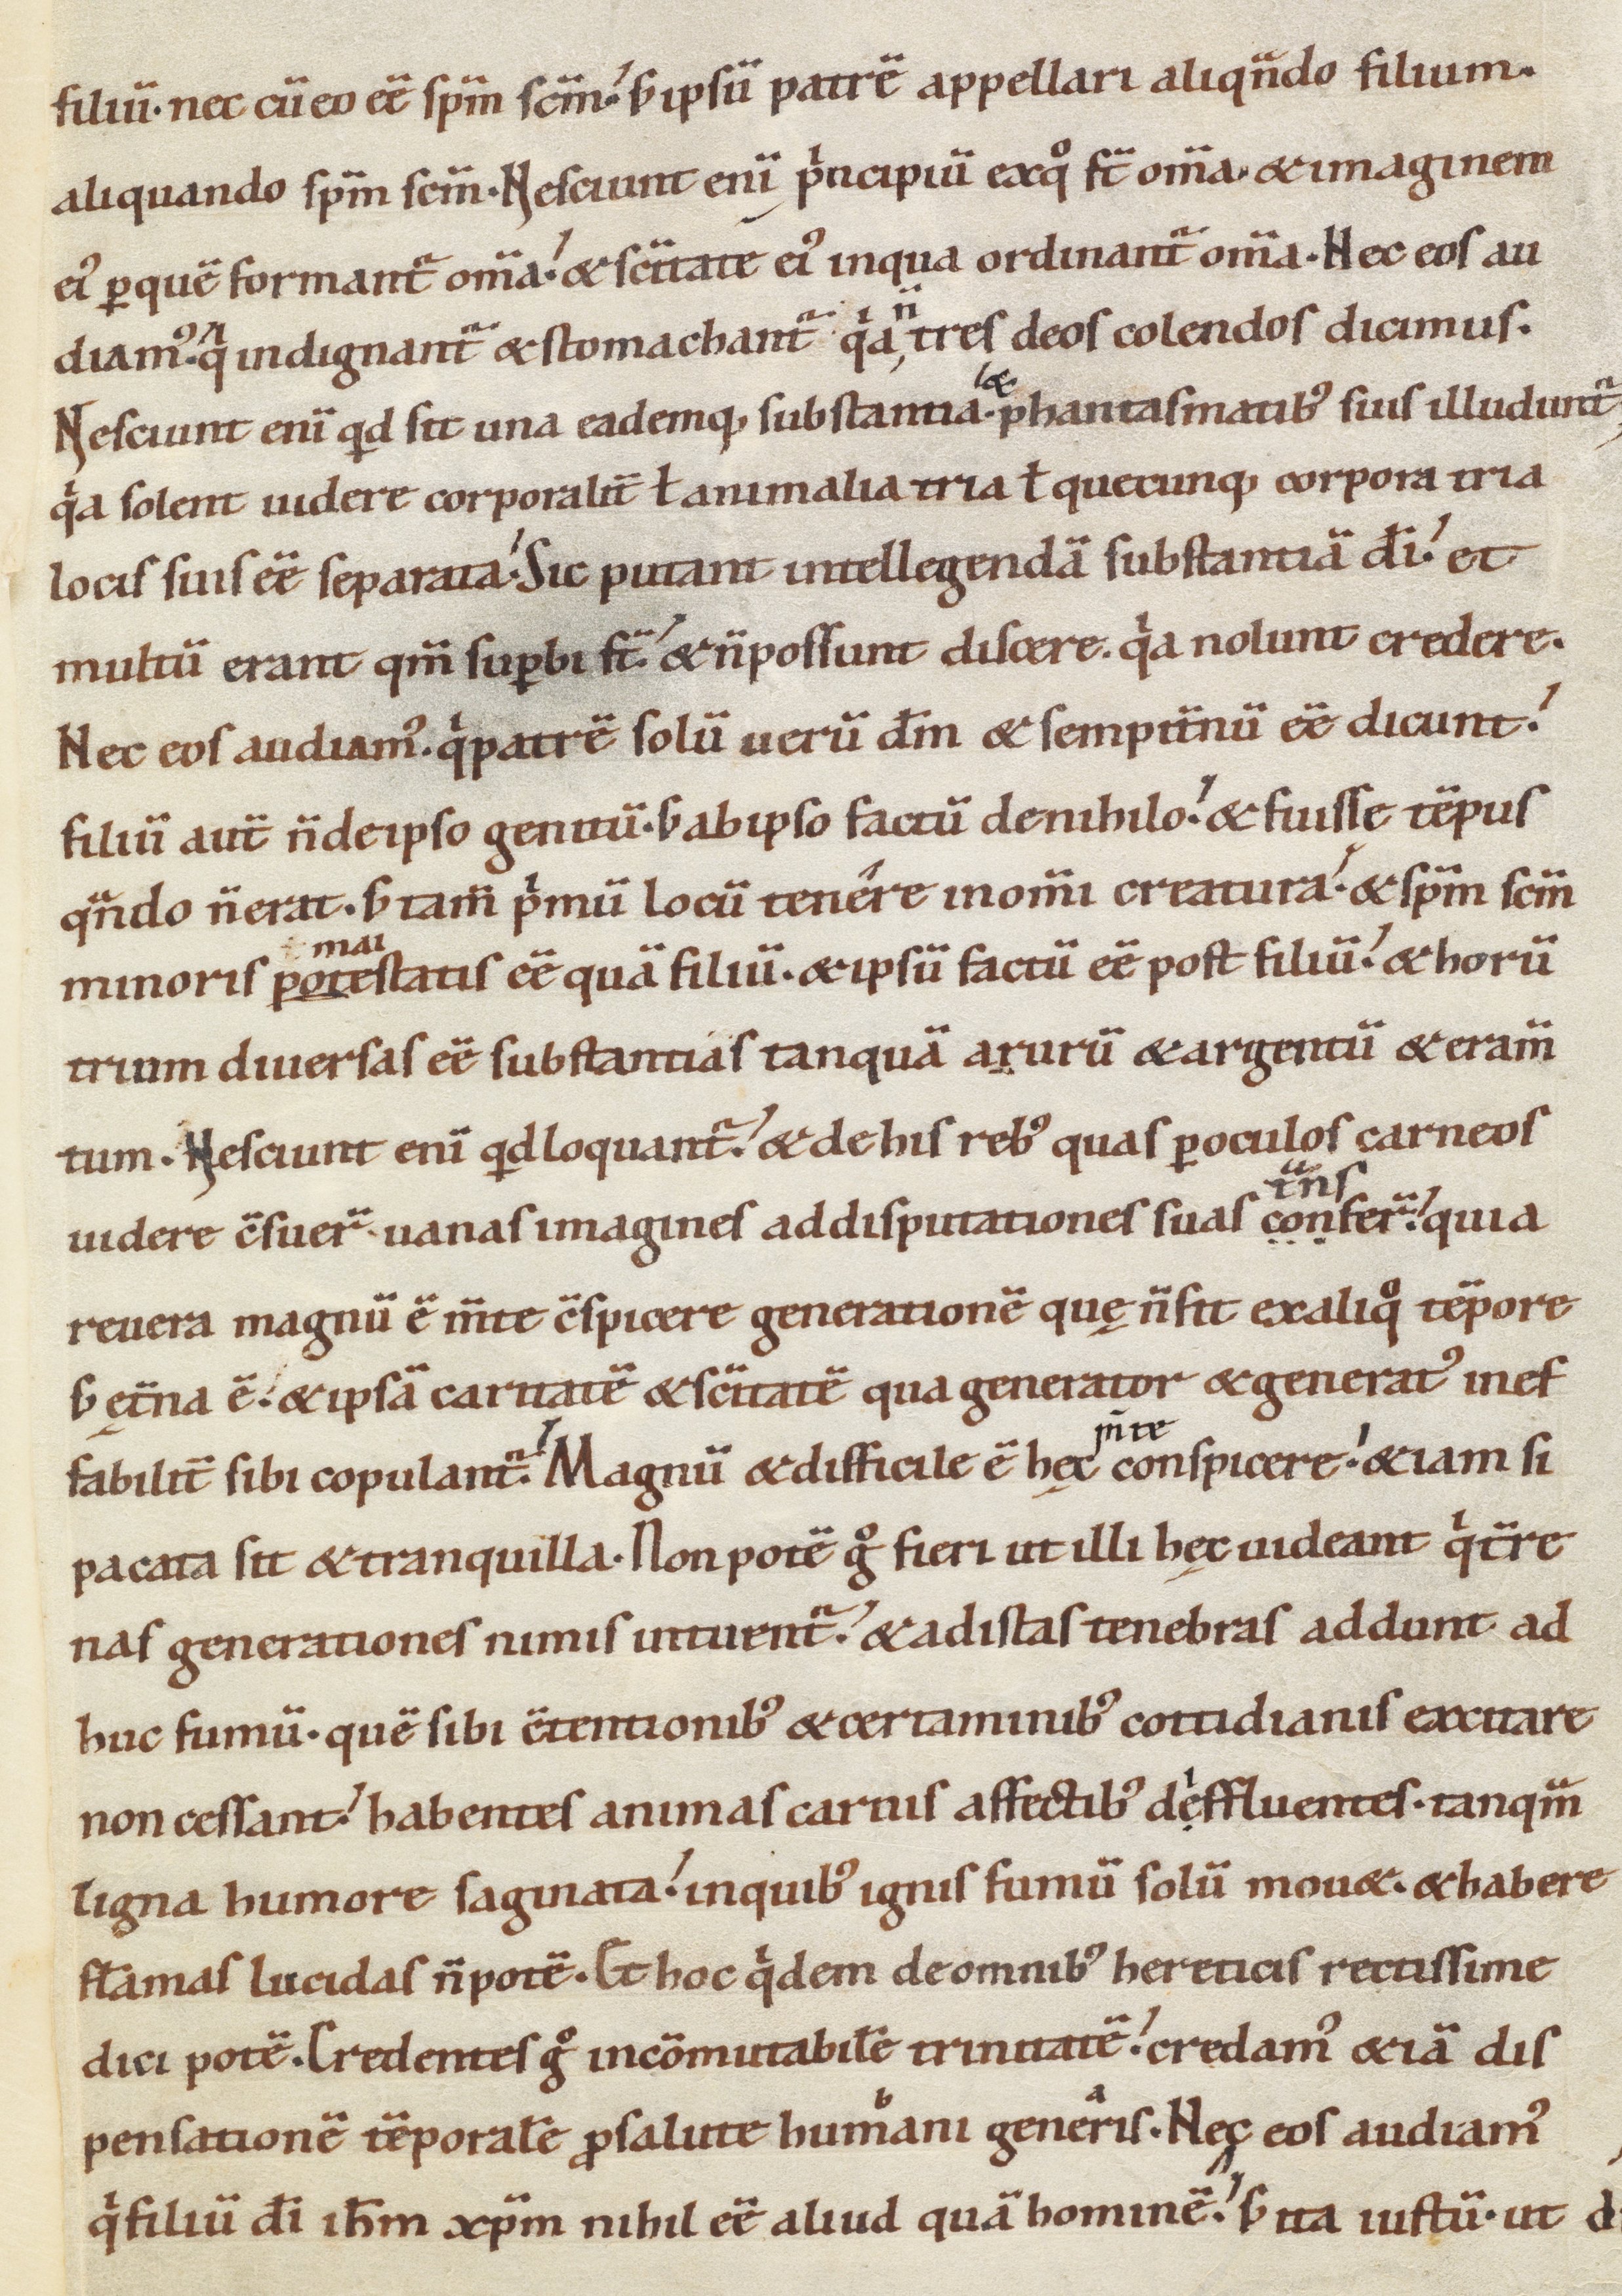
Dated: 1080–1096